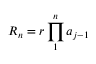
R _ { n } = { r \prod _ { 1 } ^ { n } a _ { j - 1 } }